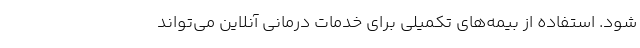
شود. استفاده از بیمه‌های تکمیلی برای خدمات درمانی آنلاین می‌تواند